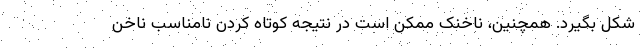
شکل بگیرد. همچنین، ناخنک ممکن است در نتیجه کوتاه کردن نامناسب ناخن